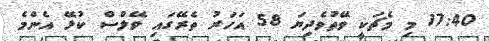
17:40 މި މެޗަކީ ވޭތުވެދިޔަ 58 އަހަރު ތެރޭގައި ވޭލްސް ކުޅޭ އެންމެ